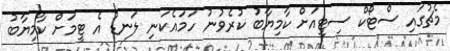
މެޗުގައި ސްޓޯކް ސިޓީއަށް ކާމިޔާބު ކުރެވުނު ހަމައެކަނި ލަނޑު އެ ޓީމަށް ކާމިޔާބު